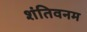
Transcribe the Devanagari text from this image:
शंतिवनम